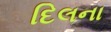
દિલના